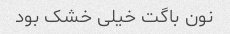
نون باگت خیلی خشک بود